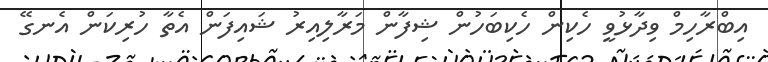
އިބްރާހިމް ވިދާޅުވީ ހެކިން ހެކިބަހުން ޝިފާން މަރާލިއިރު ޝައިފަން އެތާ ހުރިކަން އެނގޭ